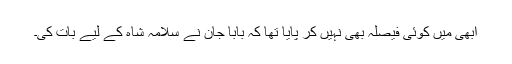
ابھی میں کوئی فیصلہ بھی نہیں کر پایا تھا کہ بابا جان نے سلامہ شاہ کے لیے بات کی۔